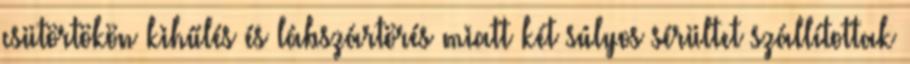
csütörtökön kihűlés és lábszártörés miatt két súlyos sérültet szállítottak